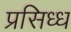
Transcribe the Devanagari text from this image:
प्रसिध्‍ध